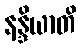
နန္ဒိယာတိ